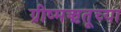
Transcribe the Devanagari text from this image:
ग्रीष्मऋतूच्या